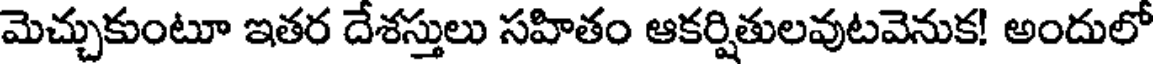
మెచ్చుకుంటూ ఇతర దేశస్తులు సహితం ఆకర్షితులవుటవెనుక! అందులో